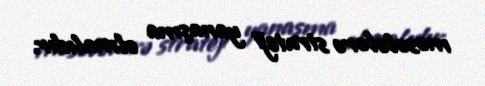
məsələlərə strateji yanaşma olmalıdır.